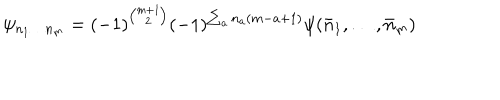
\psi _ { n _ { 1 } \ldots n _ { m } } = ( - 1 ) ^ { { \binom { m + 1 } { 2 } } } ( - 1 ) ^ { \sum _ { a } n _ { a } ( m - a + 1 ) } \psi ( \bar { n } _ { 1 } , \ldots , \bar { n } _ { m } )